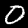
Digit: 0